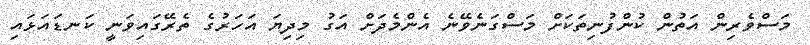
މަސްވެރިން އަތުން ކުންފުނިތަކަށް މަސްގަނެވޭނެ އެންމެދަށް އަގު މިދިޔަ އަހަރުގެ ތެރޭގައިވަނީ ކަނޑައަޅައި